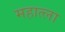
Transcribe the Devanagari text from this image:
महात्ला